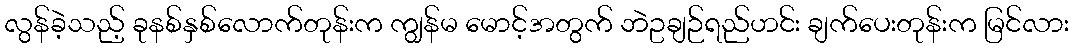
လွန်ခဲ့သည့် ခုနစ်နှစ်လောက်တုန်းက ကျွန်မ မောင့်အတွက် ဘဲဥချဉ်ရည်ဟင်း ချက်ပေးတုန်းက မြင်လား